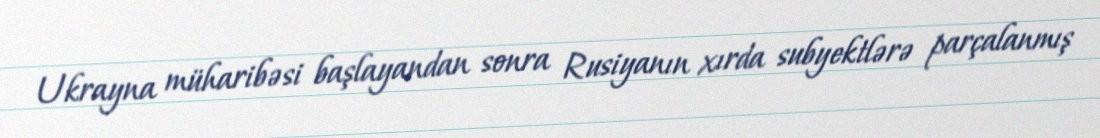
Ukrayna müharibəsi başlayandan sonra Rusiyanın xırda subyektlərə parçalanmış